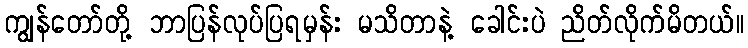
ကျွန်တော်တို့ ဘာပြန်လုပ်ပြရမှန်း မသိတာနဲ့ ခေါင်းပဲ ညိတ်လိုက်မိတယ်။